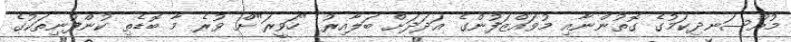
މުއްސަނދިކަމުގެ ގޮތުންނާއި މުވައްޒަފުންގެ އަދަދަށް ބަލާއިރު "ހަވީރަ"ށް ވުރެ މާ ބޮޑެތި ކުންފުނިތަކުގެ